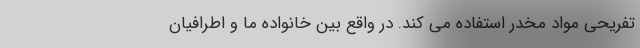
تفریحی مواد مخدر استفاده می کند. در واقع بین خانواده ما و اطرافیان